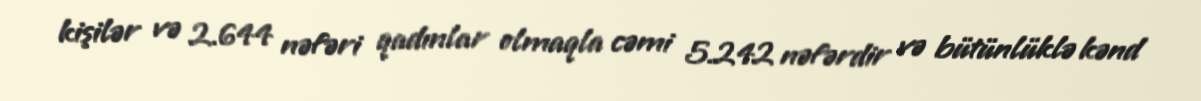
kişilər və 2.644 nəfəri qadınlar olmaqla cəmi 5.242 nəfərdir və bütünlüklə kənd